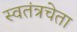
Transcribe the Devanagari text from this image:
स्वतंत्रचेता